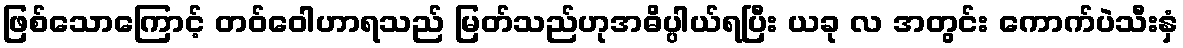
ဖြစ်သောကြောင့် တဝ်ဝေါဟာရသည် မြတ်သည်ဟုအဓိပ္ပါယ်ရပြီး ယခု လ အတွင်း ကောက်ပဲသီးနှံ